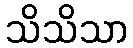
သိသိသာ